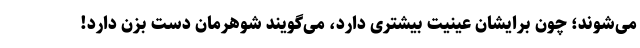
می‌شوند؛ چون برایشان عینیت بیشتری دارد، می‌گویند شوهرمان دست بزن دارد!